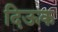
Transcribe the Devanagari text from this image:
दिऊक